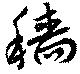
穡